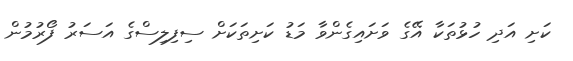
ކަށި އަދި ހުޅުތަކާ އޭގެ ވަށައިގެންވާ މަޑު ކަށިތަކަށް ސިފިލިސްގެ އަސަރު ފޯރުމުން